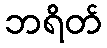
ဘရိတ်